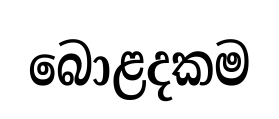
බොළදකම